Black-water fever - Number 35
Disease focus: Fever
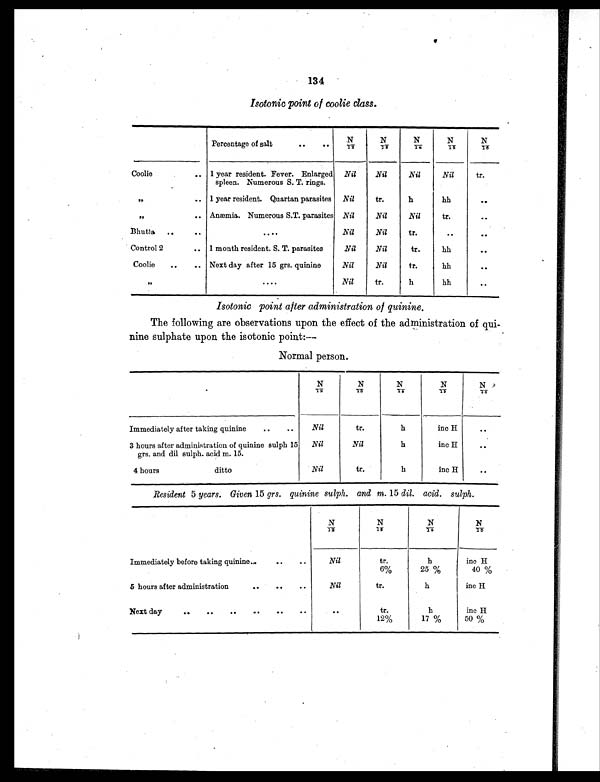
134
Isotonic point of coolie class.
Percentage of salt
. .
..
N / 1 2
N / 1 3
N / 1 4
N / 1 5
N
/ 1 6
Coolie
.. 1 year resident. Fever. Enlarged
spleen. Numerous S. T. rings.
Nil
Nil
Nil
Nil
tr.
„
. . 1 year resident. Quartan parasites Nil
tr.
h
hh
. .
„
. . Anæmia. Numerous S.T. parasites Nil
Nil
Nil
tr.
. .
Bhutia ..
..
. . . .
Nil
Nil
tr.
. .
..
Control 2
.. 1 month resident. S. T. parasites
Nil
Nil
tr.
hh
..
Coolie
..
.. Next day after 15 grs. quinine
Ni l
Nil
tr.
hh
..
„
. . . .
Nil
tr.
h
hh
..
Isotonic point after administration of quinine.
The following are observations upon the effect of the administration of qui-
nine sulphate upon the isotonic point:—
Normal person.
N / 1 2
N
/13
N / 1 4
N/15
N / 1 6
Immediately after taking quinine
. .
. .
Nil
tr.
h
inc H
. .
3 hours after administration of quinine sulph 15
grs. and dil sulph. acid m. 15.
Nil
Nil
h
inc H
. .
4 hours ditto
Nil
tr.
h
inc H
. .
Resident 5 years. Given 15 grs. quinine sulph. and m. 15 dil. acid. sulph.
N / 1 2
N / 1 3
N/14
N / 1 5
Immediately before taking quinine
. . ..
. .
Nil
tr.
6%
h
25%
inc H
40%
5 hours after administration
. . ..
. .
Nil
tr.
h
inc H
Next day
. .
. .
. .
. . ..
. .
..
tr.
12%
h
17%
inc H
50%